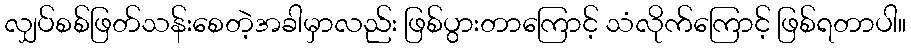
လျှပ်စစ်ဖြတ်သန်းစေတဲ့အခါမှာလည်း ဖြစ်ပွားတာကြောင့် သံလိုက်ကြောင့် ဖြစ်ရတာပါ။